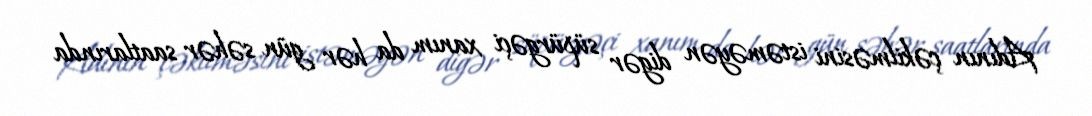
Adının çəkilməsini istəməyən digər süpürgəçi xanım da hər gün səhər saatlarında